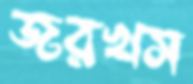
জরখস